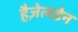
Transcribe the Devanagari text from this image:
हैज़ेलडेन